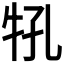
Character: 𰠬